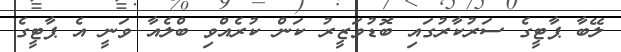
ލޭބާ ޕާޓީގެ ސަރުކާރުގައި ބޮޑުވަޒީރު ކަން ކުރެއްވި ބްލެއާ ވަނީ އެ ޕާޓީގެ